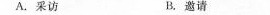
A.采访 B.邀请